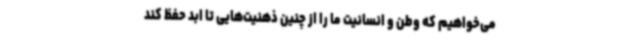
می‌خواهیم که وطن و انسانیت ما را از چنین ذهنیت‌هایی تا ابد حفظ کند